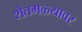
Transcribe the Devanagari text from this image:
शेतमळ्यावर